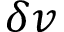
\delta v